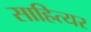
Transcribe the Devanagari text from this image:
साहित्यर